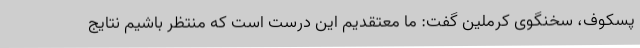
پسکوف، سخنگوی کرملین گفت: ما معتقدیم این درست است که منتظر باشیم نتایج